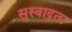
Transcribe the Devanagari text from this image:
सुस्वादुता